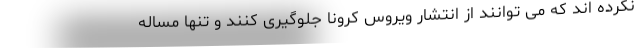
نکرده اند که می توانند از انتشار ویروس کرونا جلوگیری کنند و تنها مساله